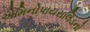
એમિનોપાયરાલિડનો